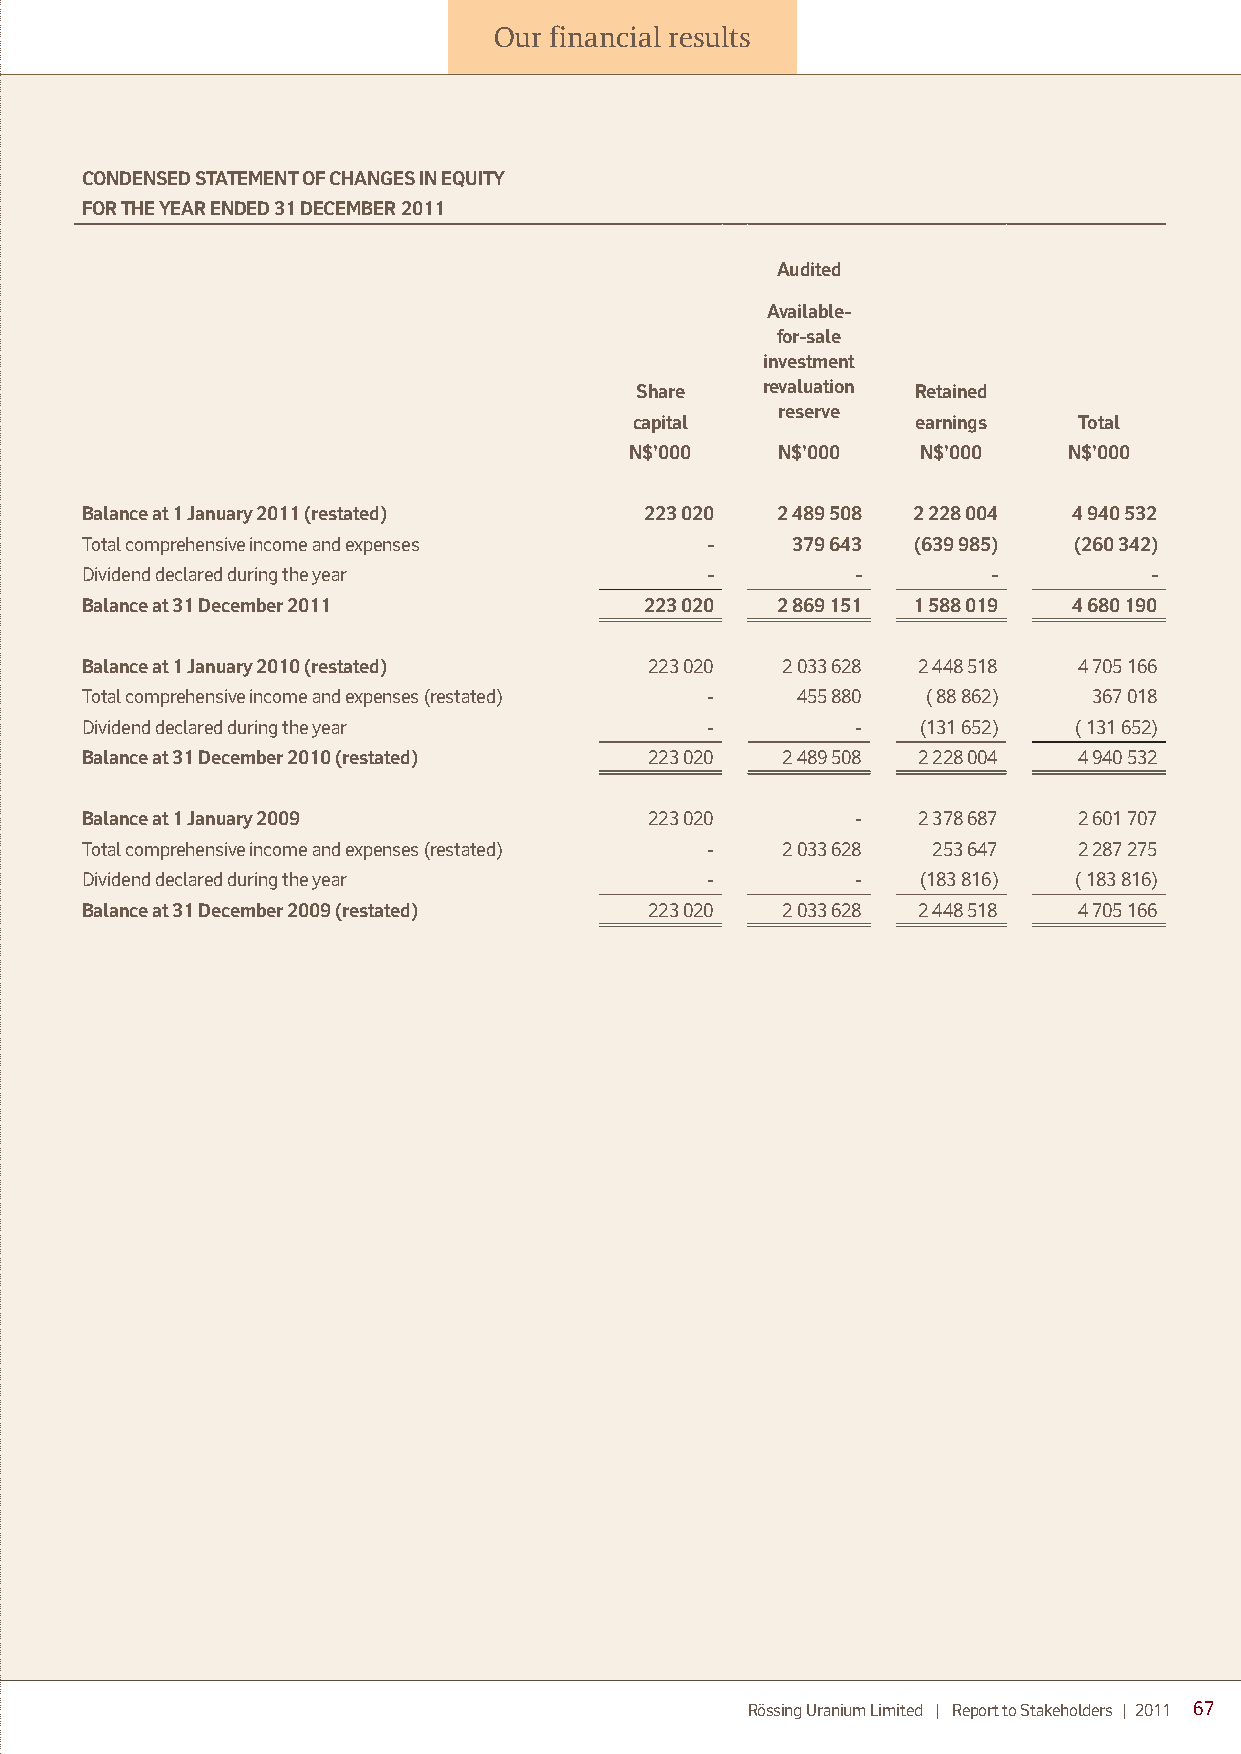
Our financial results
 CONDENSED STATEMENT OF CHANGES IN EQUITY
 FOR THE YEAR ENDED 31 DECEMBER 2011
 Audited
 Available-
 for-sale
 investment
 Share   revaluation Retained
 reserve
 capital            earnings  Total
 N$’000   N$’000    N$’000    N$’000
 Balance at 1 January 2011 (restated)  223 020 2 489 508 2 228 004 4 940 532
 Total comprehensive income and expenses   -    379 643 (639 985)  (260 342)
 Dividend declared during the year         -         -        -         -
 Balance at 31 December 2011           223 020 2 869 151 1 588 019 4 680 190
 Balance at 1 January 2010 (restated)  223 020  2 033 628 2 448 518 4 705 166
 Total comprehensive income and expenses (restated) - 455 880 ( 88 862) 367 018
 Dividend declared during the year         -         -   (131 652) ( 131 652)
 Balance at 31 December 2010 (restated) 223 020 2 489 508 2 228 004 4 940 532
 Balance at 1 January 2009             223 020       -   2 378 687 2 601 707
 Total comprehensive income and expenses (restated) - 2 033 628 253 647 2 287 275
 Dividend declared during the year         -         -   (183 816) ( 183 816)
 Balance at 31 December 2009 (restated) 223 020 2 033 628 2 448 518 4 705 166
 Rössing Uranium Limited | Report to Stakeholders | 2011 67